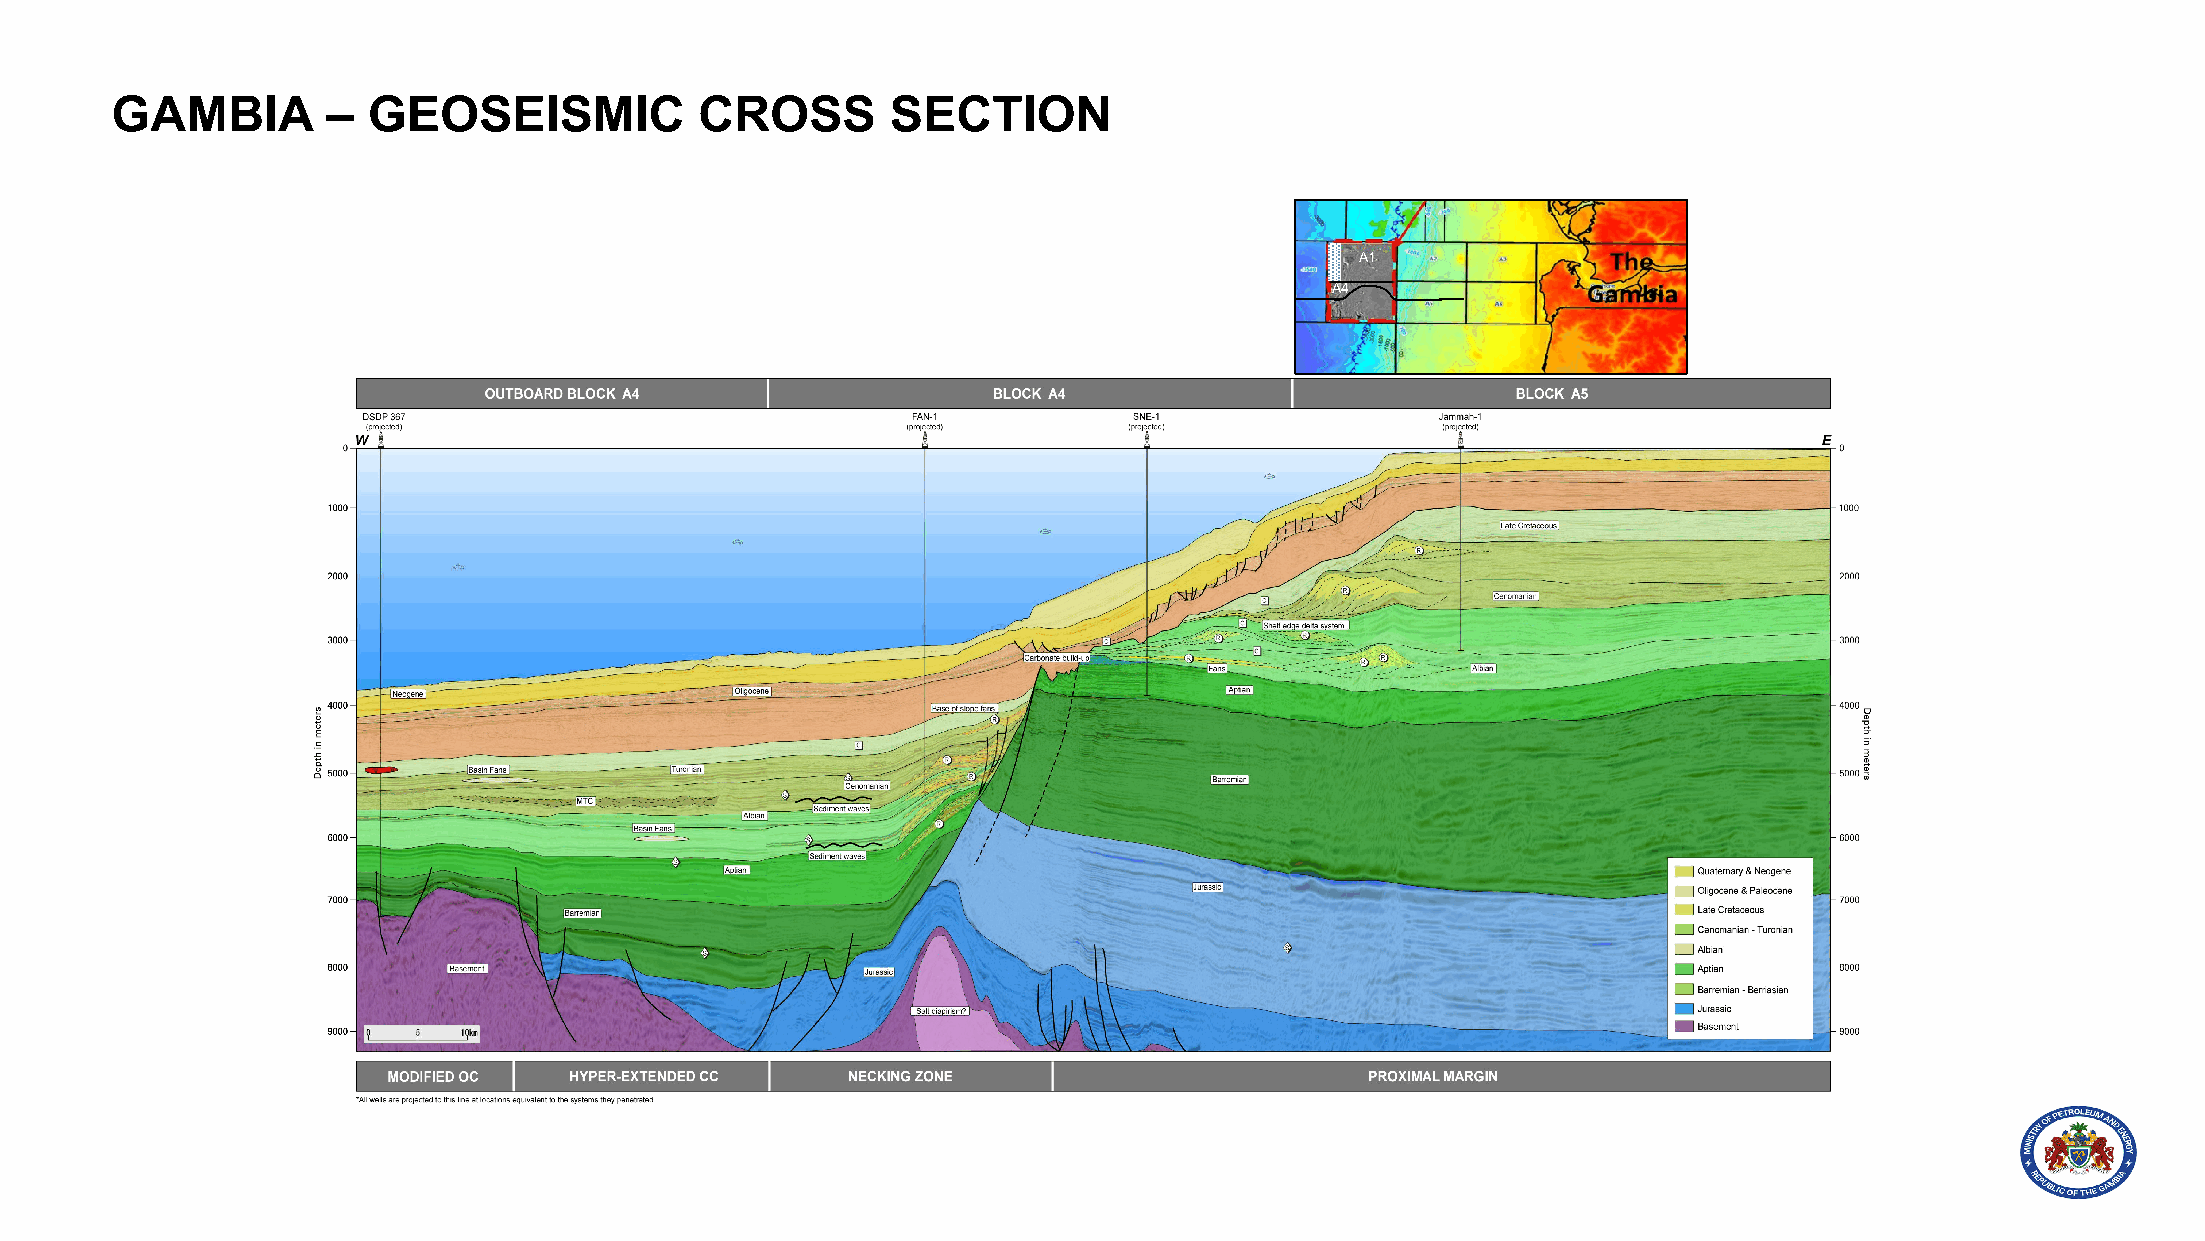
GAMBIA         – GEOSEISMIC            CROSS        SECTION
 A1
 A4